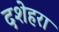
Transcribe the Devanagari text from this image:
दशेहरा